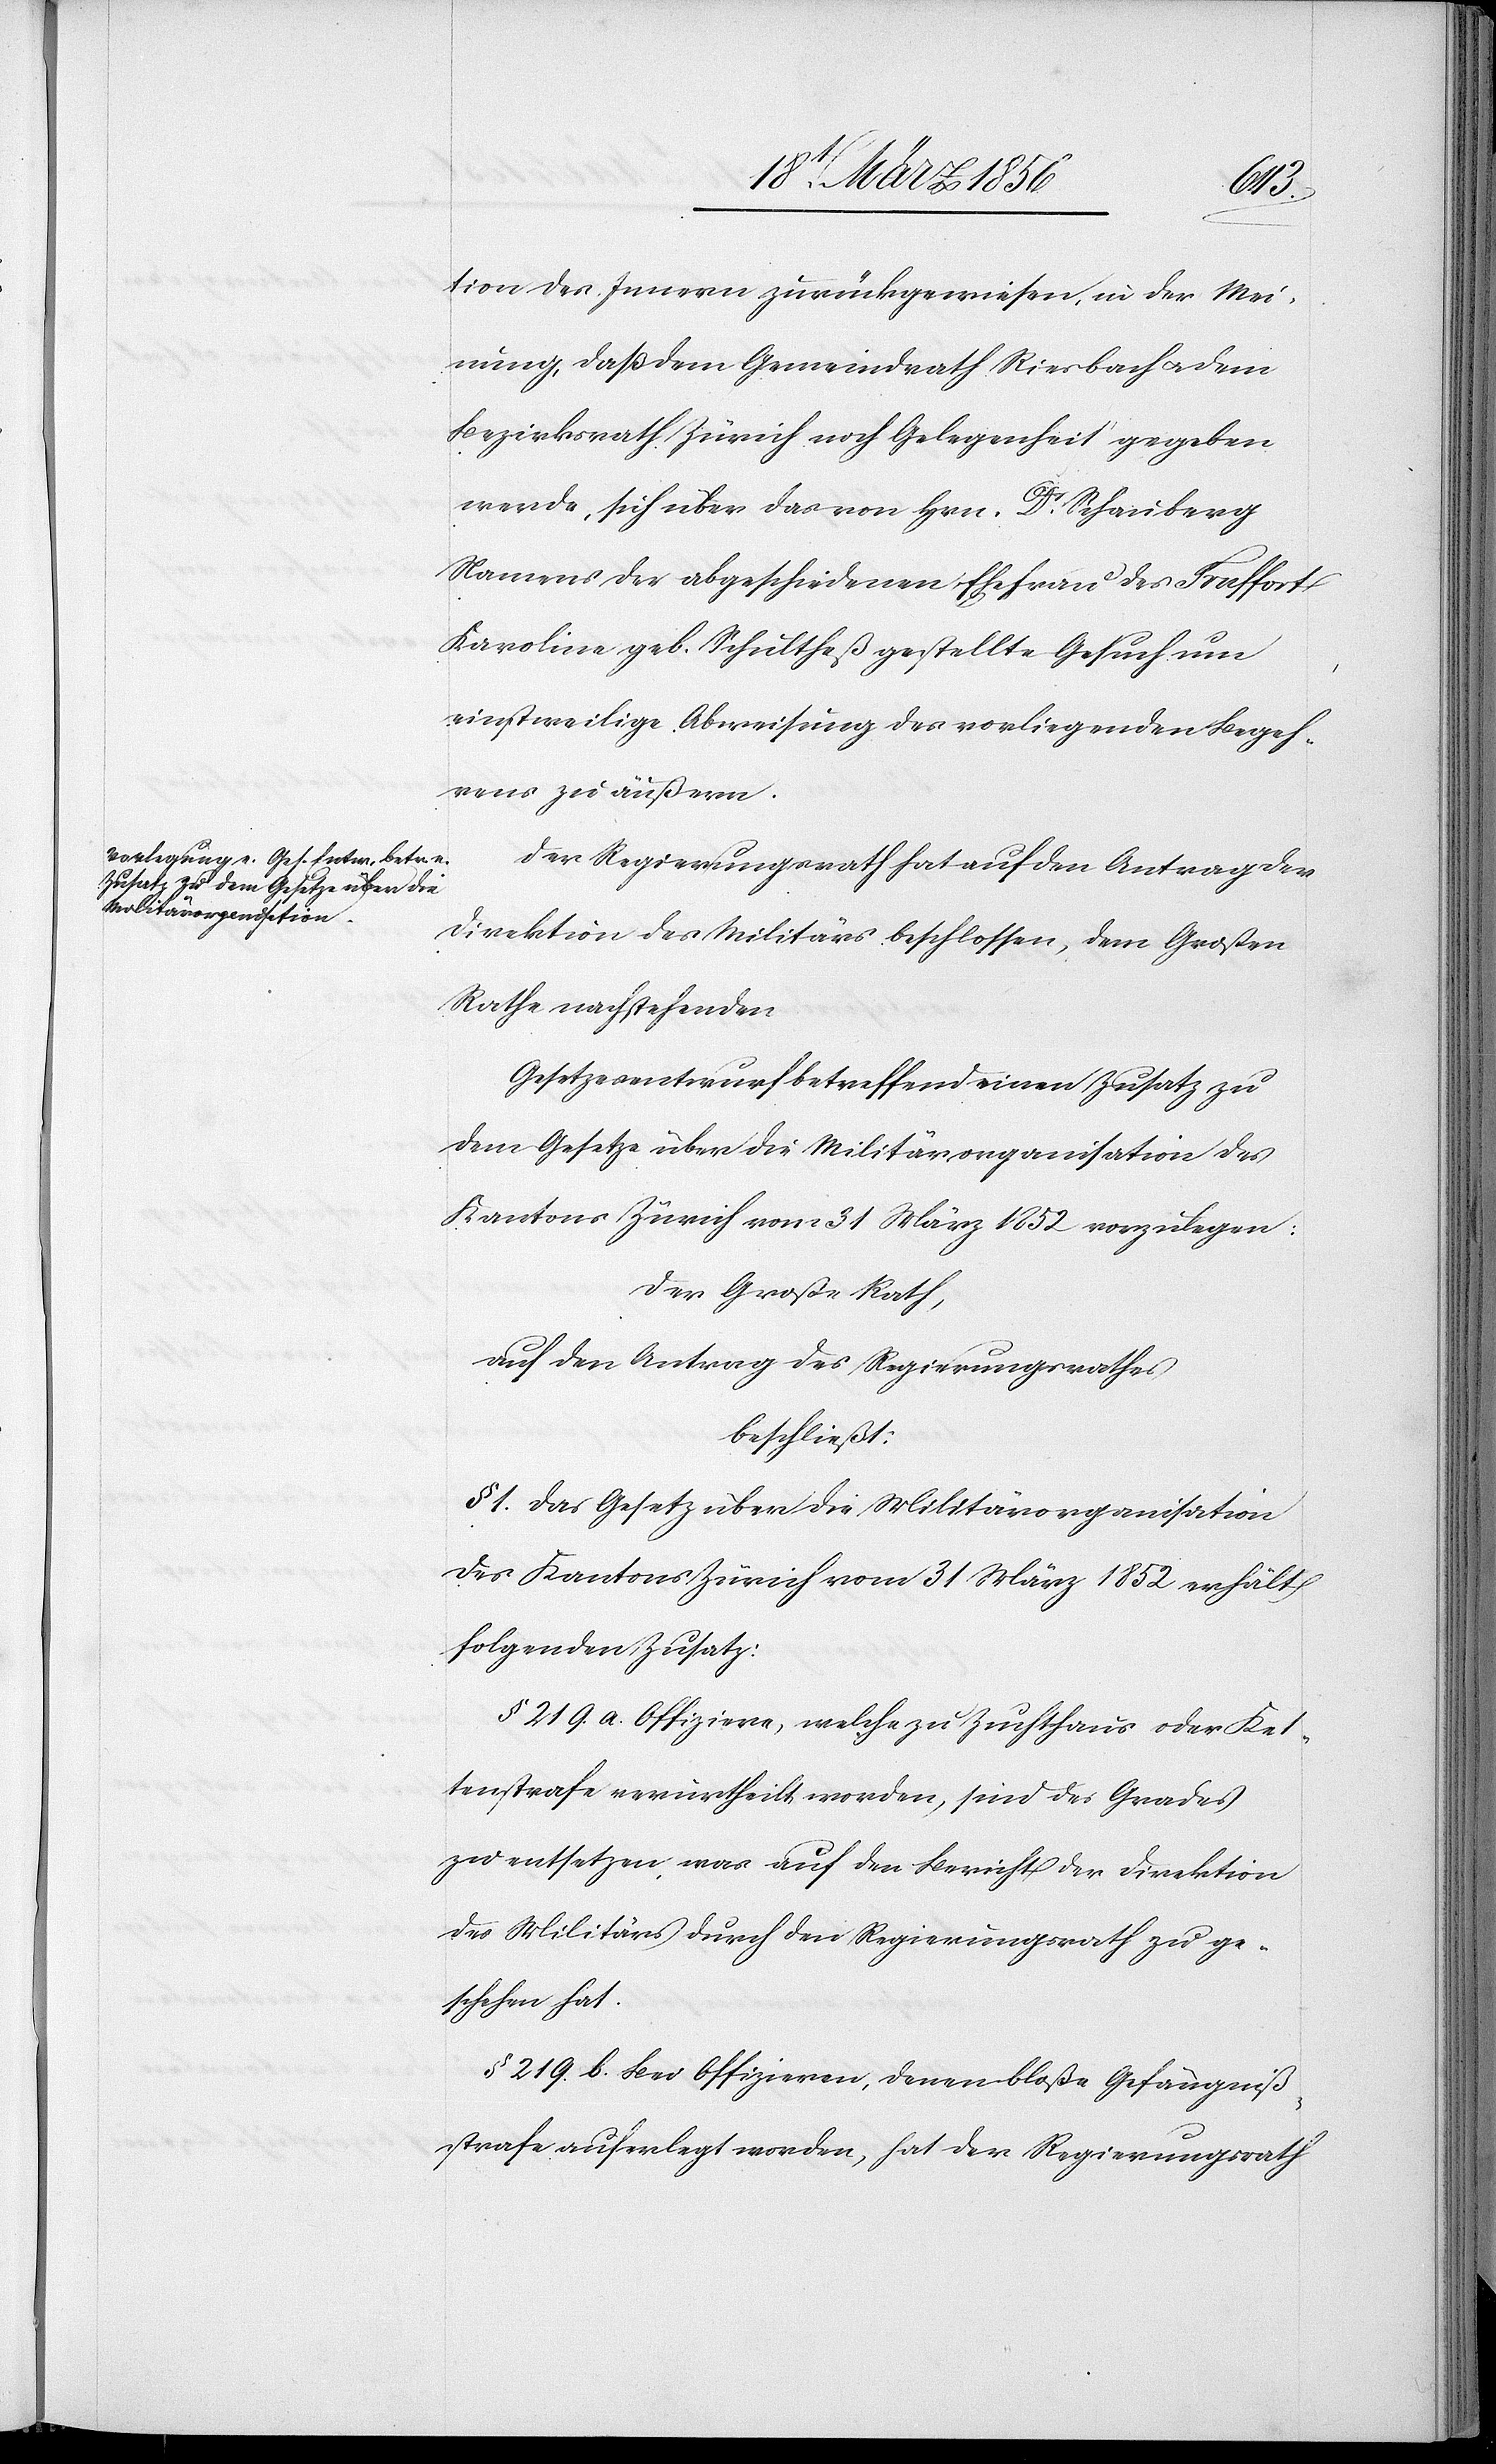
tion des Innern zurückgewiesen, in der Mei¬
nung, daß dem Gemeinrath Riesbach u. dem
Bezirksrath Zürich noch Gelegenheit gegeben
werde, sich über das von Hrn. Dr Schauberg
Namens der abgeschiedenen Ehefrau des Truffort
Karlonie geb. Schultheß gestellte Gesuch um
einstweilige Abweisung des vorliegenden Begeh¬
rens zu äußern.
Der Regierungsrath hat auf den Antrag der
Direktion des Militärs beschlossen, dem Großen
Rathe nachstehenden
Gesetzesentwurf betreffend einen Zusatz zu
dem Gesetze über die Militärorganisation des
Kantons Zürich vom 31 März 1852 vorzulegen:
Der Große Rath,
auf den Antrag des Regierungsrathes
beschließt:
§ 1. Das Gesetz über die Militärorganisation
des Kantons Zürich vom 31 März 1852 erhält
folgenden Zusatz:
§ 219. a. Offiziere, welche zu Zuchthaus oder Ket¬
tenstrafe verurtheilt worden, sind des Grades
zu entsetzen, was auf den Bericht der Direktion
des Militärs durch den Regierungsrath zu ge¬
schehen hat.
§ 219. b. Bei Offizieren, denen bloße Gefängniß¬
strafe auferlegt worden, hat der Regierungsrath